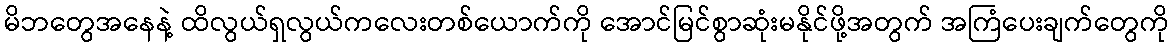
မိဘတွေအနေနဲ့ ထိလွယ်ရှလွယ်ကလေးတစ်ယောက်ကို အောင်မြင်စွာဆုံးမနိုင်ဖို့အတွက် အကြံပေးချက်တွေကို